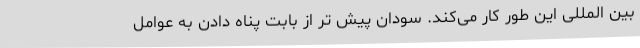
بین المللی این طور کار می‌کند. سودان پیش تر از بابت پناه دادن به عوامل